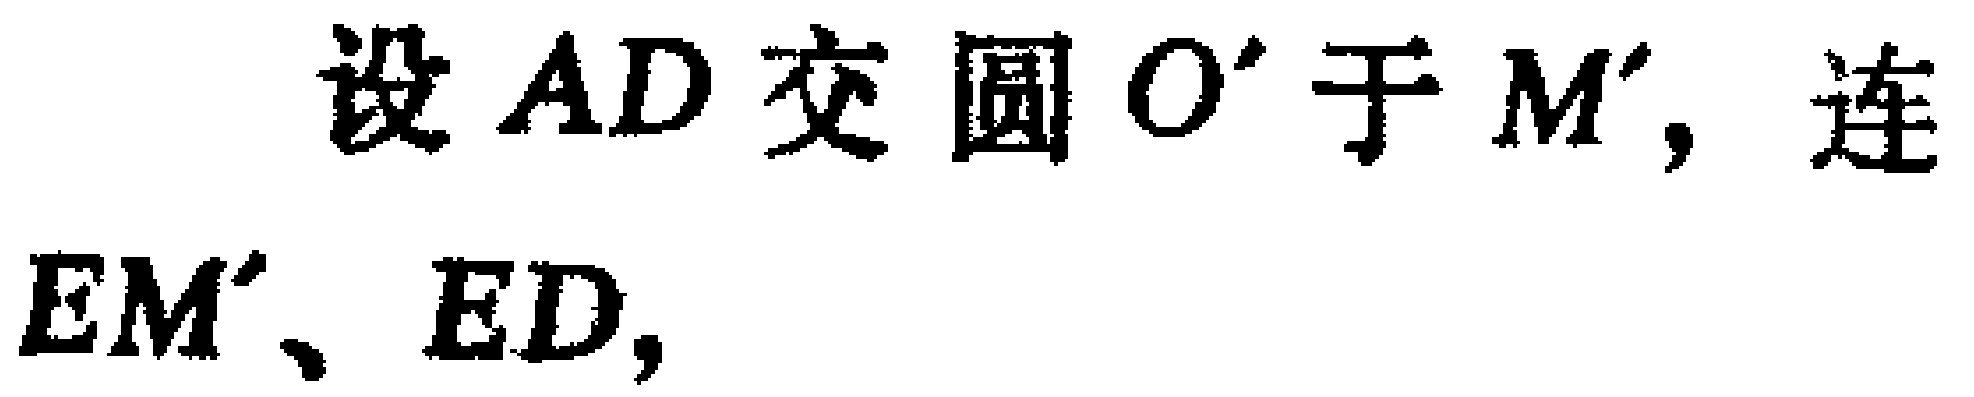
设 \(AD\) 交圆 \(O'\) 于 \(M'\)，连 \(EM'\)、\(ED\)，